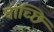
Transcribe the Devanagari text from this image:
वांच्छि